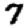
Digit: 7